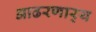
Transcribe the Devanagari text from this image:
आढरणार्‍य